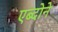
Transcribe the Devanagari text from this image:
एब्दोने